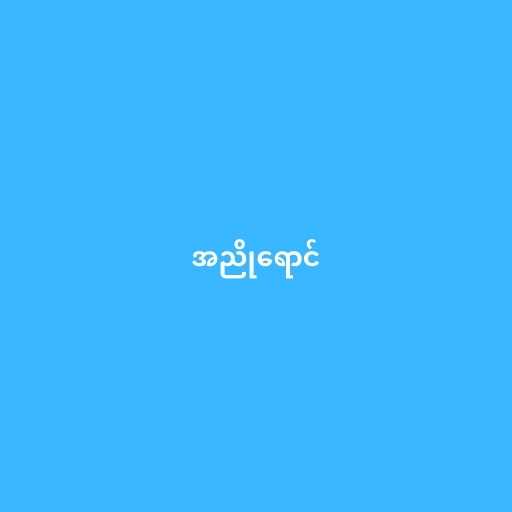
အညိုရောင်